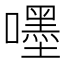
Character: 嚜